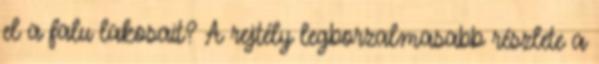
el a falu lakosait? A rejtély legborzalmasabb részlete a